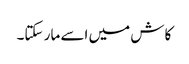
کاش میں اسے مار سکتا۔